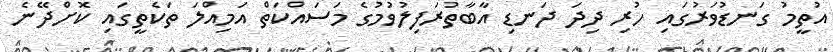
އުތީމު ގަނޑުވަރުގައި ހުރި ދިދަ ދަނޑި އާބާތުރަފިލުވުމުގެ މަސައްކަތް އަމިއްލަ ތަކެތީގައި ކޮށްދޭނެ